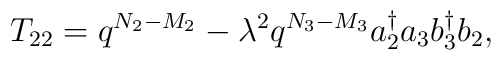
T_{22}=q^{N_{2}-M_{2}} - \lambda  ^{2}q^{N_{3}-M_{3}}a_{2}^{\dag}a_{3}           b_{3}^{\dag}b_{2},